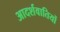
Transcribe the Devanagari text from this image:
आदर्शवातियों